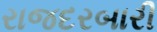
રાજદરબારી